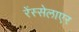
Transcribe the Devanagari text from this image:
रेंस्सेलाएर